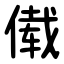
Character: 傤